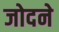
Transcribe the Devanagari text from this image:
जोदने